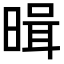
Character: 𭦱